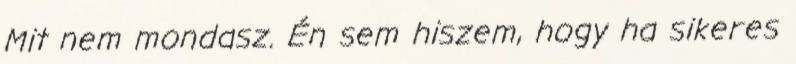
Mit nem mondasz. Én sem hiszem, hogy ha sikeres